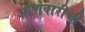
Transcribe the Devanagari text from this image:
आणेवारीची